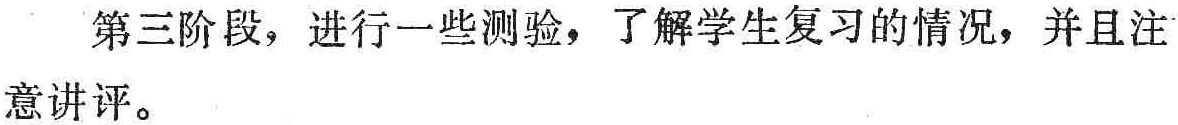
第三阶段，进行一些测验，了解学生复习的情况，并且注意讲评。